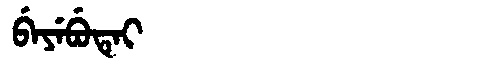
Manchu: ᠪᡝᠶᡝᠪᡠᡨᡝᡳ
Romanization: BEYEBUTEI